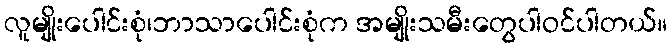
လူမျိုးပေါင်းစုံ၊ဘာသာပေါင်းစုံက အမျိုးသမီးတွေပါဝင်ပါတယ်။